Vaccination in Bombay 1863-1868 - 1863-1868
Year: 1863
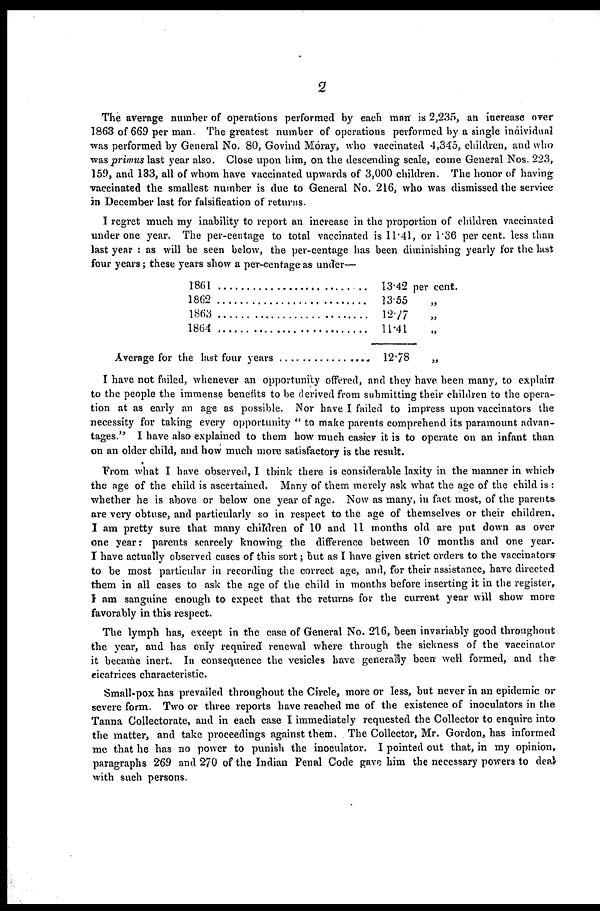
2
The average number of operations performed by each man is 2,235, an increase over
1863 of 669 per man. The greatest number of operations performed by a single individual
was performed by General No. 80, Govind Moray, who vaccinated 4,345, children, and who
was primus last year also. Close upon him, on the descending scale, come General Nos. 223,
159, and 133, all of whom have vaccinated upwards of 3,000 children. The honor of having
vaccinated the smallest number is due to General No. 216, who was dismissed the service
in December last for falsification of returns.
I regret much my inability to report an increase in the proportion of children vaccinated
under one year. The per-centage to total vaccinated is 11.41, or 1.36 per cent. less than
last year : as will be seen below, the per-centage has been diminishing yearly for the last
four years; these years show a per-centage as under—
1861 . . . . . . . . . . . . . . .
1862 . . . . . . . . . . . . . . .
1863 . . . . . . . . . . . . . . .
1864 . . . . . . . . . . . . . . .
Average for the last four years . . . . . . . . . .
13.42 per cent.
13.55
„
12.77 „
11.41
„
12.78 „
12.78
„
I have not failed, whenever an opportunity offered, and they have been many, to explain
to the people the immense benefits to be derived from submitting their children to the opera-
tion at as early an age as possible. Nor have I failed to impress upon vaccinators the
necessity for taking every opportunity " to make parents comprehend its paramount advan-
tages." I have also explained to them how much easier it is to operate on an infant than
on an older child, and how much more satisfactory is the result.
From what I have observed, I think there is considerable laxity in the manner in which
the age of the child is ascertained. Many of them merely ask what the age of the child is :
whether he is above or below one year of age. Now as many, in fact most, of the parents
are very obtuse, and particularly so in respect to the age of themselves or their children,
I am pretty sure that many children of 10 and 11 months old are put down as over
one year: parents scarcely knowing the difference between 10 months and one year.
I have actually observed cases of this sort; but as I have given strict orders to the vaccinators
to be most particular in recording the correct age, and, for their assistance, have directed
them in all cases to ask the age of the child in months before inserting it in the register,
I am sanguine enough to expect that the returns for the current year will show more
favorably in this respect.
The lymph has, except in the case of General No. 216, been invariably good throughout
the year, and has only required renewal where through the sickness of the vaccinator
it became inert. In consequence the vesicles have generally been well formed, and the
cicatrices characteristic.
Small-pox has prevailed throughout the Circle, more or less, but never in an epidemic or
severe form. Two or three reports have reached me of the existence of inoculators in the
Tanna Collectorate, and in each case I immediately requested the Collector to enquire into
the matter, and take proceedings against them. The Collector, Mr. Gordon, has informed
me that he has no power to punish the inoculator. I pointed out that, in my opinion,
paragraphs 269 and 270 of the Indian Penal Code gave him the necessary powers to deal
with such persons.